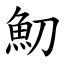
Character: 魛